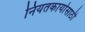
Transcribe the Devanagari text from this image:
नियतकार्यासाठी